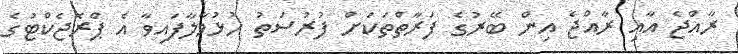
ރާއްޖެ އާއި ރާއްޖެ އިން ބޭރުގެ ފަރާތްތަކަށް ފުރުސަތު ހުޅުވާލާފައިވާ އެ ޕްރޮޖެކްޓުގެ